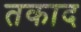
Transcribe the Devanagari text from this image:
तकाद